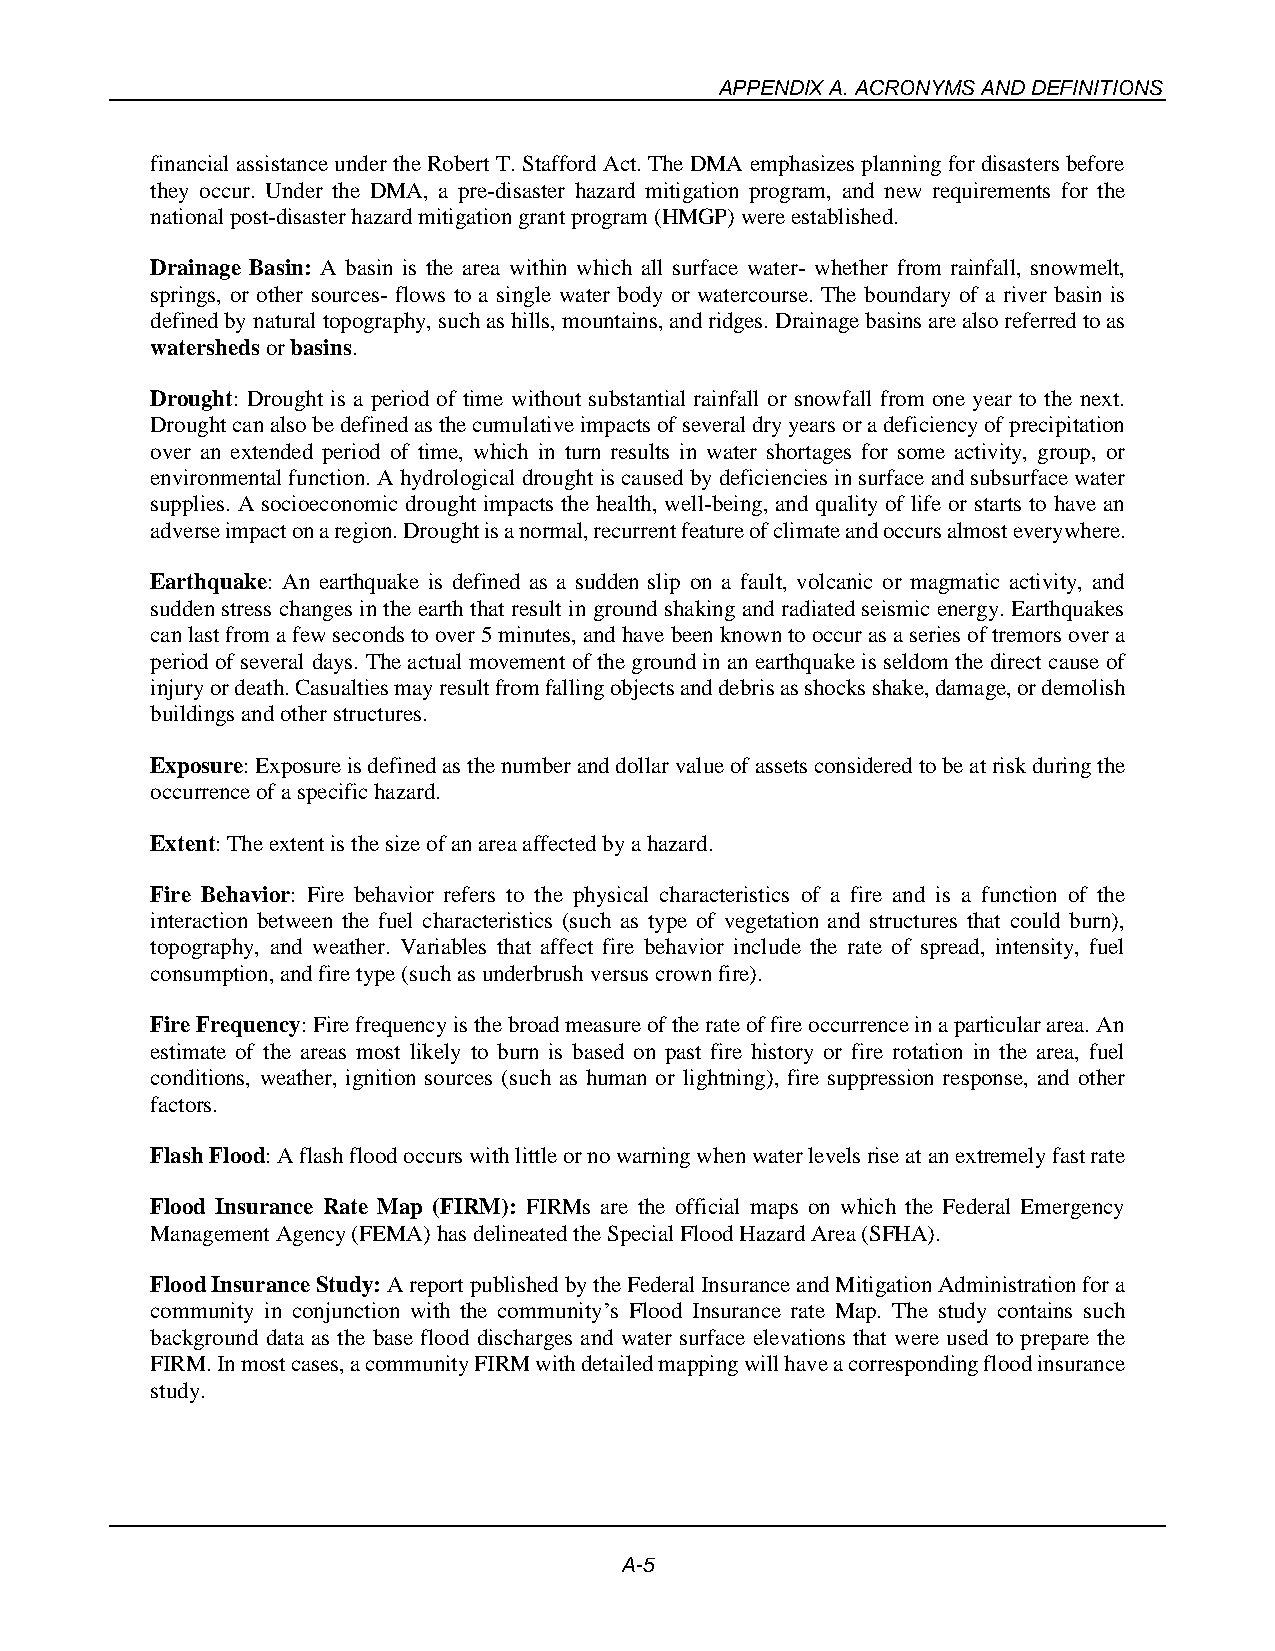
APPENDIX A. ACRONYMS AND DEFINITIONS
 financial assistance under the Robert T. Stafford Act. The DMA emphasizes planning for disasters before
 they occur. Under the DMA, a pre-disaster hazard mitigation program, and new requirements for the
 national post-disaster hazard mitigation grant program (HMGP) were established.
 Drainage Basin: A basin is the area within which all surface water- whether from rainfall, snowmelt,
 springs, or other sources- flows to a single water body or watercourse. The boundary of a river basin is
 defined by natural topography, such as hills, mountains, and ridges. Drainage basins are also referred to as
 watersheds or basins.
 Drought: Drought is a period of time without substantial rainfall or snowfall from one year to the next.
 Drought can also be defined as the cumulative impacts of several dry years or a deficiency of precipitation
 over an extended period of time, which in turn results in water shortages for some activity, group, or
 environmental function. A hydrological drought is caused by deficiencies in surface and subsurface water
 supplies. A socioeconomic drought impacts the health, well-being, and quality of life or starts to have an
 adverse impact on a region. Drought is a normal, recurrent feature of climate and occurs almost everywhere.
 Earthquake: An earthquake is defined as a sudden slip on a fault, volcanic or magmatic activity, and
 sudden stress changes in the earth that result in ground shaking and radiated seismic energy. Earthquakes
 can last from a few seconds to over 5 minutes, and have been known to occur as a series of tremors over a
 period of several days. The actual movement of the ground in an earthquake is seldom the direct cause of
 injury or death. Casualties may result from falling objects and debris as shocks shake, damage, or demolish
 buildings and other structures.
 Exposure: Exposure is defined as the number and dollar value of assets considered to be at risk during the
 occurrence of a specific hazard.
 Extent: The extent is the size of an area affected by a hazard.
 Fire Behavior: Fire behavior refers to the physical characteristics of a fire and is a function of the
 interaction between the fuel characteristics (such as type of vegetation and structures that could burn),
 topography, and weather. Variables that affect fire behavior include the rate of spread, intensity, fuel
 consumption, and fire type (such as underbrush versus crown fire).
 Fire Frequency: Fire frequency is the broad measure of the rate of fire occurrence in a particular area. An
 estimate of the areas most likely to burn is based on past fire history or fire rotation in the area, fuel
 conditions, weather, ignition sources (such as human or lightning), fire suppression response, and other
 factors.
 Flash Flood: A flash flood occurs with little or no warning when water levels rise at an extremely fast rate
 Flood Insurance Rate Map (FIRM): FIRMs are the official maps on which the Federal Emergency
 Management Agency (FEMA) has delineated the Special Flood Hazard Area (SFHA).
 Flood Insurance Study: A report published by the Federal Insurance and Mitigation Administration for a
 community in conjunction with the community’s Flood Insurance rate Map. The study contains such
 background data as the base flood discharges and water surface elevations that were used to prepare the
 FIRM. In most cases, a community FIRM with detailed mapping will have a corresponding flood insurance
 study.
 A-5